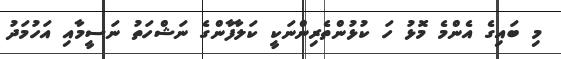
މި ބައިގެ އެންމެ މޮޅު ހަ ކުޅުންތެރިންނަކީ ކަލާފާންގެ ނަޝްހަތު ނަސީމާއި އަހުމަދު